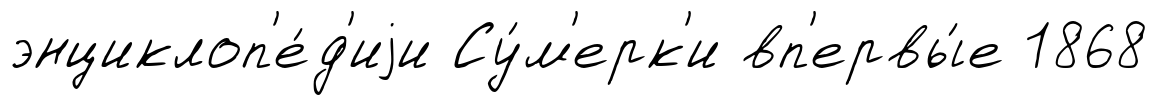
энциклоп'е́д'иjи Су́м'ерк'и вп'ервы́е 1868